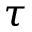
\tau